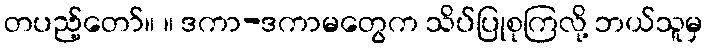
တပည့်တော်။ ။ ဒကာ-ဒကာမတွေက သိပ်ပြုစုကြလို့ ဘယ်သူမှ